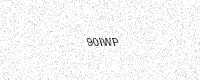
Text: 90IWP